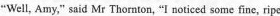
"Well, Amy," said Mr Thornton, "I noticed some fine, ripe